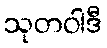
သုတဝါဒီ